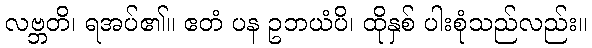
လဗ္ဘတိ၊ ရအပ်၏။ ဧတံ ပန ဥဘယံပိ၊ ထိုနှစ် ပါးစုံသည်လည်း။